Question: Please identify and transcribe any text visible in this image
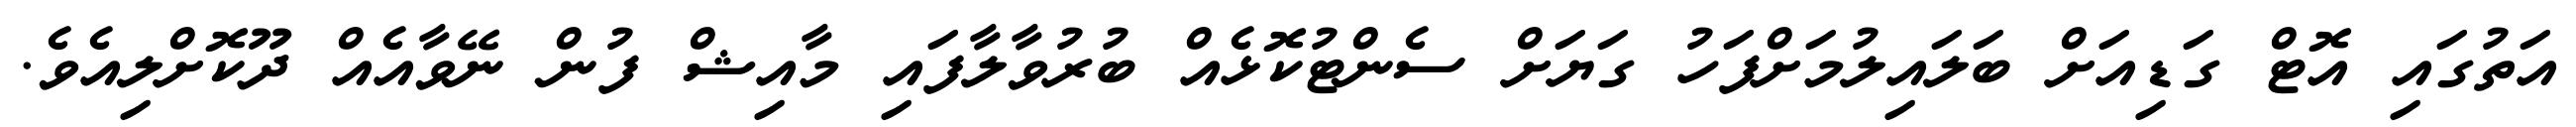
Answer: އަތުގައި އޮޓް ގަޑިއަށް ބަލައިލުމަށްފަހު ގަޔަށް ސެންޓުކޮޅެއް ބުރުވާލާފައި މާއިޝް ފުން ނޭވާއެއް ދޫކޮށްލިއެވެ.